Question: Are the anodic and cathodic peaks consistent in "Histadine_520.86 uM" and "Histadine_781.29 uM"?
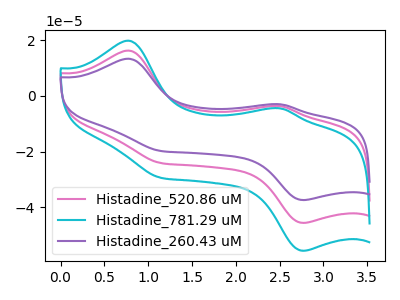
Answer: <think>The pink curve "Histadine_520.86 uM" has anodic peaks at (0.80V, 16.25uA) (2.50V, -3.70uA) and cathodic peaks at (2.75V, -45.60uA) (1.15V, -24.15uA). The cyan curve "Histadine_781.29 uM" has anodic peaks at (0.80V, 32.45uA) (2.50V, -7.40uA) and cathodic peaks at (2.75V, -91.20uA) (1.15V, -48.25uA). The purple curve "Histadine_260.43 uM" has anodic peaks at (0.80V, 13.30uA) (2.50V, -3.05uA) and cathodic peaks at (2.75V, -37.40uA) (1.15V, -19.80uA).</think>
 <answer>Yes, "Histadine_520.86 uM" have a peak in "Histadine_781.29 uM" at the same potential.</answer>
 <eval>match</eval>